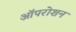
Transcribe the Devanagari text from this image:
ऑपरोशन